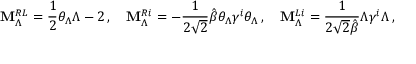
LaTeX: { \bf M } _ { \Lambda } ^ { R L } = \frac { 1 } { 2 } \theta _ { \Lambda } \Lambda - 2 \, , \quad { \bf M } _ { \Lambda } ^ { R i } = - \frac { 1 } { 2 \sqrt { 2 } } \hat { \beta } \theta _ { \Lambda } \gamma ^ { i } \theta _ { \Lambda } \, , \quad { \bf M } _ { \Lambda } ^ { L i } = \frac { 1 } { 2 \sqrt { 2 } \hat { \beta } } \Lambda \gamma ^ { i } \Lambda \, ,